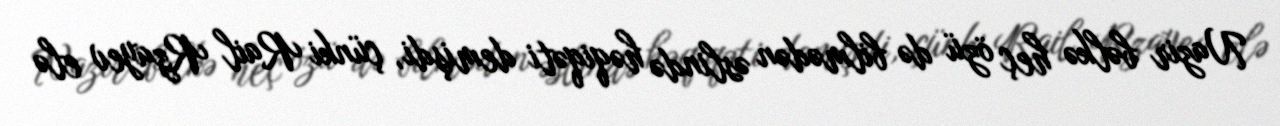
Nazir bəlkə heç özü də bilmədən əslində həqiqəti demişdi, çünki Rail Rzayev elə